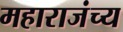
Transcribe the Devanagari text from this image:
महाराजंच्य